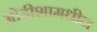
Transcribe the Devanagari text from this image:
ओडीशामधील